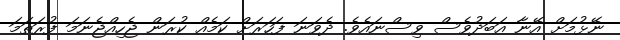
ނޭޅުމަށް އޭނާ އަބަދުވެސް ވިސްނައެވެ. ދެވަނަ ފަހަރަށް ކަމެއް ކުރަން ޖެހިއްޖެނަމަ ފުރަތަމަ